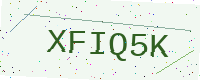
Text: XFIQ5K